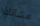
عشائك